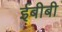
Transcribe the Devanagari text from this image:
ईबीबी